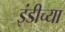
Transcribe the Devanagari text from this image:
इंडीच्या